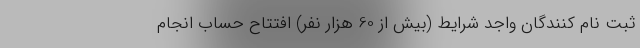
ثبت نام کنندگان واجد شرایط (بیش از 60 هزار نفر) افتتاح حساب انجام